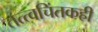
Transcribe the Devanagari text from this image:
तत्त्वचिंतकही